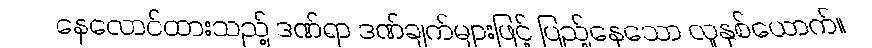
နေလောင်ထားသည့် ဒဏ်ရာ ဒဏ်ချက်များဖြင့် ပြည့်နေသော လူနှစ်ယောက်။